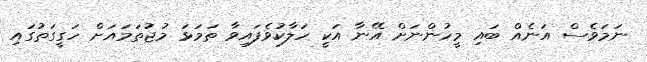
ނަަމަވެސް އަނެއް ބައި މީހުންނަށް އޭނާ އަކީ ހަލާކުވެފައިވާ ތަމަޅަ މުޖުތަމައަށް ހަގީގަތުގައި